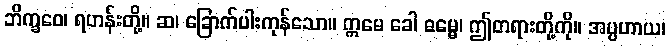
ဘိက္ခဝေ၊ ရဟန်းတို့။ ဆ၊ ခြောက်ပါးကုန်သော။ ဣမေ ခေါ ဓမ္မေ၊ ဤတရားတို့ကို။ အပ္ပဟာယ၊